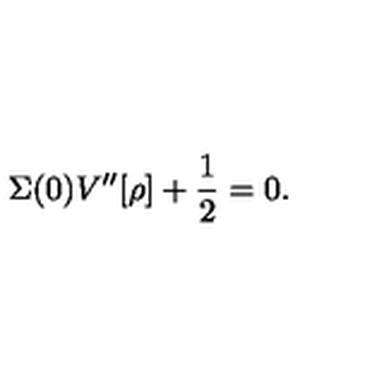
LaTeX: \Sigma ( 0 ) V ^ { \prime \prime } [ \rho ] + \frac { 1 } { 2 } = 0 .